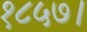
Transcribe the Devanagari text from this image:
१८५७।